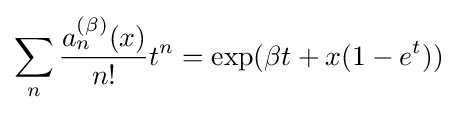
\displaystyle \sum _{n}{\frac {a_{n}^{(\beta )}(x)}{n!}}t^{n}=\exp(\beta t+x(1-e^{t}))